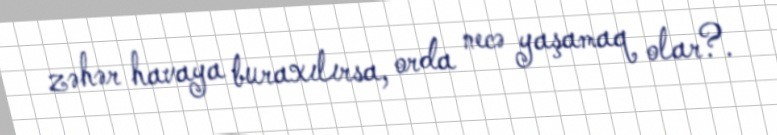
zəhər havaya buraxılırsa, orda necə yaşamaq olar?.